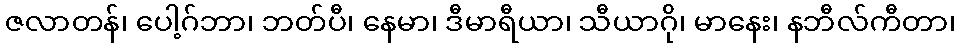
ဇလာတန်၊ ပေါ့ဂ်ဘာ၊ ဘတ်ပီ၊ နေမာ၊ ဒီမာရီယာ၊ သီယာဂို၊ မာနေး၊ နဘီလ်ကီတာ၊